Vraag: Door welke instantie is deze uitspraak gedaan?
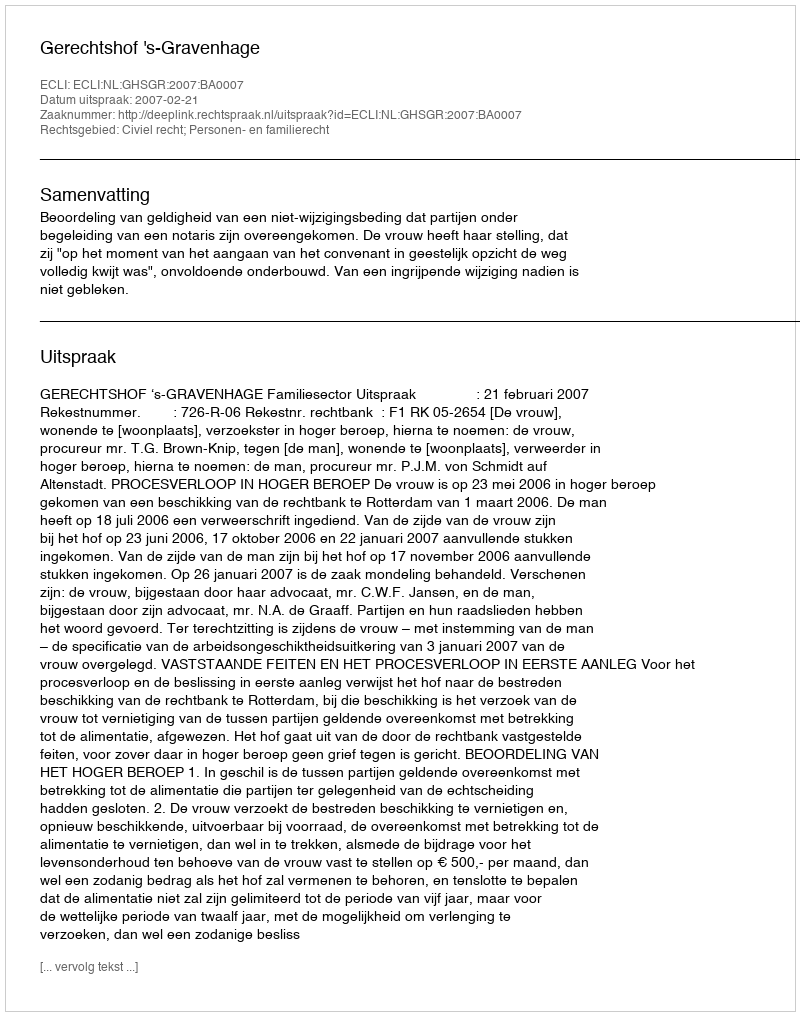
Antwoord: Gerechtshof 's-Gravenhage